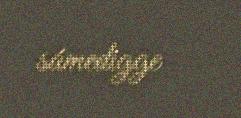
sámedigge